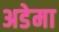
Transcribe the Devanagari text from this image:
अडेमा